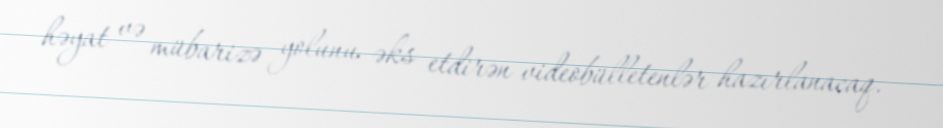
həyat və mübarizə yolunu əks etdirən videobülletenlər hazırlanacaq.